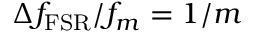
\Delta f _ { \mathrm { F S R } } / f _ { m } = 1 / m